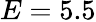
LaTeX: E=5.5